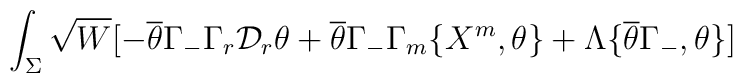
\int_{\Sigma} \sqrt{W} [- \overline{\theta}\Gamma_{-} \Gamma_{r}\mathcal{D}_{r}\theta + \overline{\theta}\Gamma_{-} \Gamma_{m}\{X^{m},\theta\} + \Lambda \{ \overline{\theta}\Gamma_{-},\theta\}]